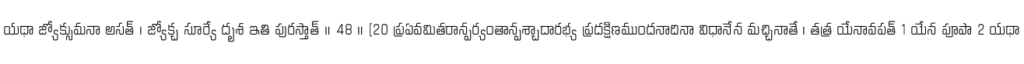
యథా జ్యోక్సుమనా అసత్ । జ్యోక్చ సూర్యే దృశ ఇతి పురస్తాత్ ॥ 48 ॥ [20 ప్రఏవమితరాన్పర్యంతాన్పశ్చాదారభ్య ప్రదక్షిణముందనాదినా విధానేన మచ్ఛినాతే । తత్ర యేనావపత్ 1 యేన పూపా 2 యథా